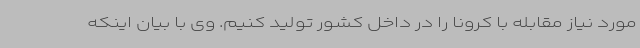
مورد نیاز مقابله با کرونا را در داخل کشور تولید کنیم. وی با بیان اینکه